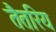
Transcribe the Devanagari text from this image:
तैतरिय